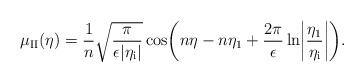
LaTeX: \begin{align*}\mu _{\rm II}(\eta )=\frac{1}{n}\sqrt{\frac{\pi }{\epsilon \vert \eta _{\rm i}\vert}}\cos \biggl(n\eta -n\eta _1 +\frac{2\pi }{\epsilon }\ln \biggl \vert \frac{\eta _1}{\eta _{\rm i}}\biggr \vert \biggr).\end{align*}